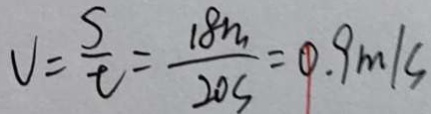
V = \frac { s } { t } = \frac { 1 8 m } { 2 0 s } = 0 . 9 m / s